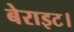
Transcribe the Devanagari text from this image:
बेराइट।